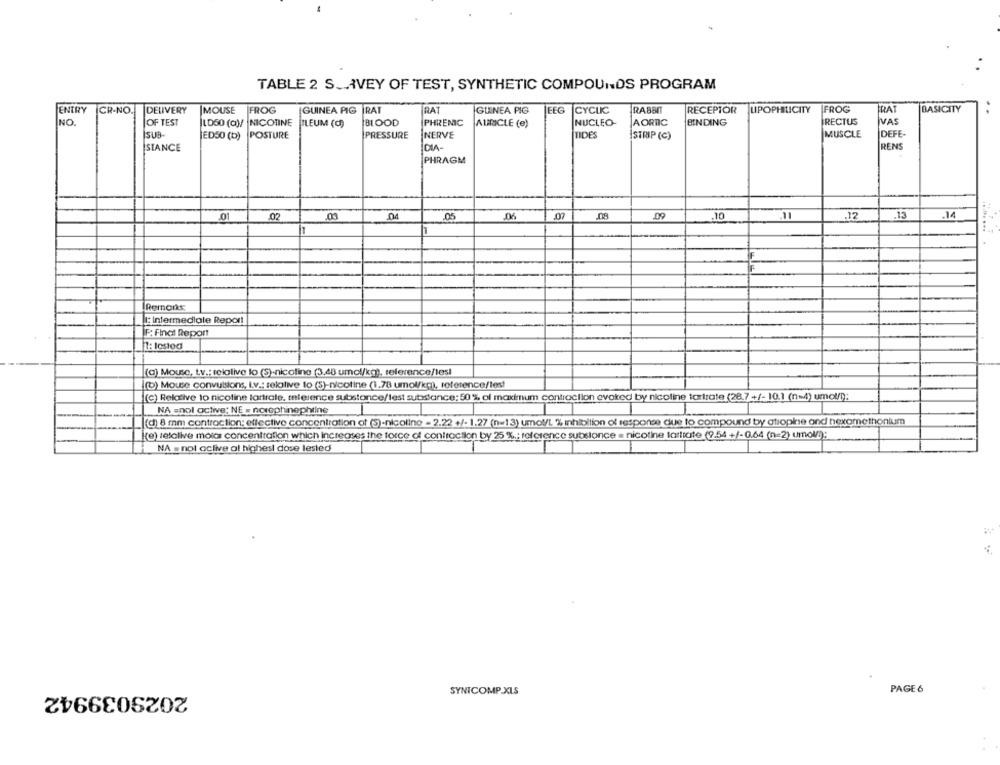
TABLE 2 S .. AVEY OF TEST, SYNTHETIC COMPOUNDS PROGRAM
IRAT
BASICITY
ENTRY
CR-NO.
DELIVERY
MOUSE
FROG
GUINEA PIG
RAT
GUINEA PIG
LEEG
CYCLIC
RABBIT
RECEPTOR
LIPOPHILICITY
IFROG
NO.
OF TEST
LD50 (a)/ NICOTINE
ILEUM (C)
BLOOD
PHRENIC
AURICLE (e)
NUCLEO
AORTIC
BINDING
RECTUS
İVAS
İSUB
ED50 (b)
POSTURE
PRESSURE
NERVE
TIDES
STRIP (C)
MUSCLE
DEFE-
DIA
RENS
SIANCE
PHRAGM
.02
.00
.07
.08
.09
10
.12
.13
.14
IF
Remarks:
1: Intermediale Repor!
F: Final Report
1: lostog
(a) Mouse, t.v .: telalive lo (S)-nicotine (3,48 umol/kg), reference/les!
(b) Mouse convulsions, I.v .: relative to (5)-nicotine (1.78 umol/kg), reference/lest
(C) Relative to nicotine tartrale, mnierence substance/lest substance: 50% of maximum contraction evoked by nicoline tartrate (28.7 +/- 10.1 (1-4) umo !!! ):
--
NA snol active: NE - norephinephrine
(d) 8 mm contraction: effective concentration of (5)-nicoline - 2.22 +/- 1.27 (n=13) umol/L % inhibition of response due to compound by atropine and nexomethonlum
(e) :etalive molar concentration which increases the force of contraction by 25 % .: reference subsionce = nicotine tarticte (9.54 +/-0.64 (n=2) umol/));
NA = nol oclive al highest dose lested
2029039942
PAGE 6
SYNICOMP.XLS